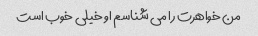
من خواهرت را می شناسم او خیلی خوب است